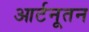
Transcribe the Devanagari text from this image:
आर्टनूतन